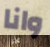
وانا